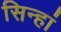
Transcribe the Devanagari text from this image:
सिन्हां